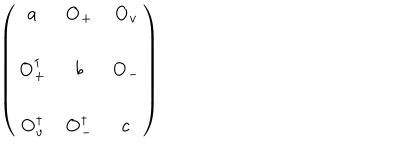
LaTeX: \left( \begin{array} { c c c } { { a } } & { { { \bf O } _ { + } } } & { { { \bf O } _ { v } } } \\ { { } } & { { } } & { { } } \\ { { { \bf O } _ { + } ^ { \dagger } } } & { { b } } & { { { \bf O } _ { - } } } \\ { { } } & { { } } & { { } } \\ { { { \bf O } _ { v } ^ { \dagger } } } & { { { \bf O } _ { - } ^ { \dagger } } } & { { c } } \\ \end{array} \right)